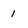
Character: 1